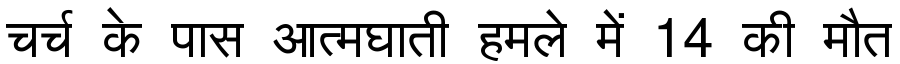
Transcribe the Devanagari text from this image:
चर्च के पास आत्मघाती हमले में 14 की मौत